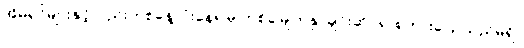
အိမ်ရှင်များနှင့်လည်းတစ်နေ့လုံးနေ၍မှ တစ်ခါမျက်နှာချင်းဆိုင်၍ စကားပြောသည်မရှိ။